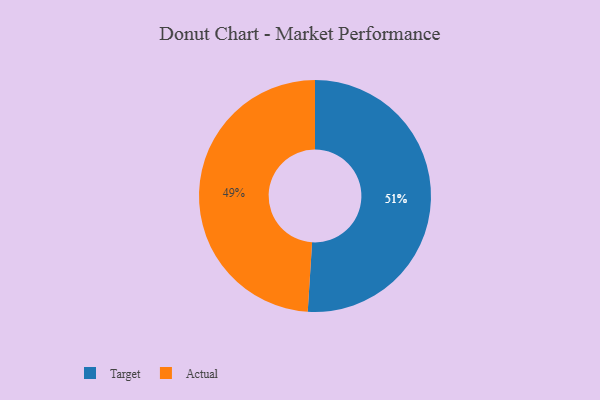
{"axis": {"x": "Category", "y": "Percentage"}, "legend": ["Actual", "Target"], "data": [{"x": "Target", "y": 51, "type": "Target"}, {"x": "Actual", "y": 49, "type": "Actual"}]}